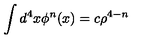
\int d ^ { 4 } x \phi ^ { n } ( x ) = c \rho ^ { 4 - n }